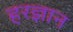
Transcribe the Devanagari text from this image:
हरज्ञान